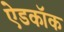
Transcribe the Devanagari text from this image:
ऐडकॉक